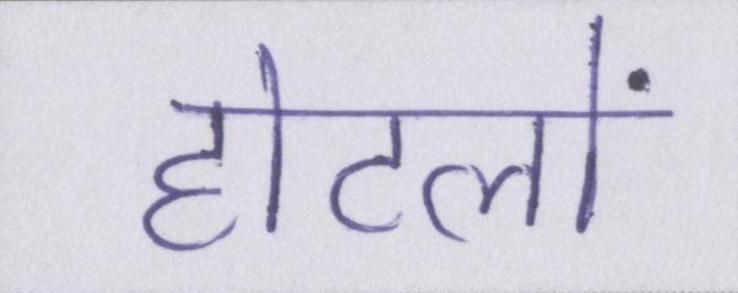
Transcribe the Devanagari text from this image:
होटलों